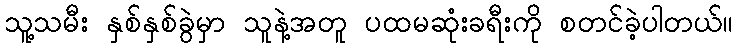
သူ့သမီး နှစ်နှစ်ခွဲမှာ သူနဲ့အတူ ပထမဆုံးခရီးကို စတင်ခဲ့ပါတယ်။